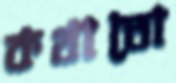
কথাতো